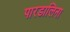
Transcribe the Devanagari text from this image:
पारडालिना